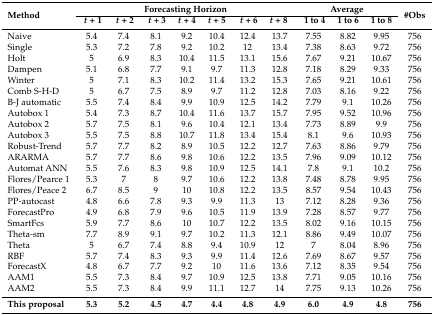
<table><thead><tr><td rowspan="2"><b>Method</b></td><td colspan="7"><b>Forecasting Horizon</b></td><td colspan="3"><b>Average</b></td><td rowspan="2"><b>#Obs</b></td></tr><tr><td><b><i>t</i> + 1</b></td><td><b><i>t</i> + 2</b></td><td><b><i>t</i> + 3</b></td><td><b><i>t</i> + 4</b></td><td><b><i>t</i> + 5</b></td><td><b><i>t</i> + 6</b></td><td><b><i>t</i> + 8</b></td><td><b>1 to 4</b></td><td><b>1 to 6</b></td><td><b>1 to 8</b></td></tr></thead><tbody><tr><td>Naive</td><td>5.4</td><td>7.4</td><td>8.1</td><td>9.2</td><td>10.4</td><td>12.4</td><td>13.7</td><td>7.55</td><td>8.82</td><td>9.95</td><td>756</td></tr><tr><td>Single</td><td>5.3</td><td>7.2</td><td>7.8</td><td>9.2</td><td>10.2</td><td>12</td><td>13.4</td><td>7.38</td><td>8.63</td><td>9.72</td><td>756</td></tr><tr><td>Holt</td><td>5</td><td>6.9</td><td>8.3</td><td>10.4</td><td>11.5</td><td>13.1</td><td>15.6</td><td>7.67</td><td>9.21</td><td>10.67</td><td>756</td></tr><tr><td>Dampen</td><td>5.1</td><td>6.8</td><td>7.7</td><td>9.1</td><td>9.7</td><td>11.3</td><td>12.8</td><td>7.18</td><td>8.29</td><td>9.33</td><td>756</td></tr><tr><td>Winter</td><td>5</td><td>7.1</td><td>8.3</td><td>10.2</td><td>11.4</td><td>13.2</td><td>15.3</td><td>7.65</td><td>9.21</td><td>10.61</td><td>756</td></tr><tr><td>Comb S-H-D</td><td>5</td><td>6.7</td><td>7.5</td><td>8.9</td><td>9.7</td><td>11.2</td><td>12.8</td><td>7.03</td><td>8.16</td><td>9.22</td><td>756</td></tr><tr><td>B-J automatic</td><td>5.5</td><td>7.4</td><td>8.4</td><td>9.9</td><td>10.9</td><td>12.5</td><td>14.2</td><td>7.79</td><td>9.1</td><td>10.26</td><td>756</td></tr><tr><td>Autobox 1</td><td>5.4</td><td>7.3</td><td>8.7</td><td>10.4</td><td>11.6</td><td>13.7</td><td>15.7</td><td>7.95</td><td>9.52</td><td>10.96</td><td>756</td></tr><tr><td>Autobox 2</td><td>5.7</td><td>7.5</td><td>8.1</td><td>9.6</td><td>10.4</td><td>12.1</td><td>13.4</td><td>7.73</td><td>8.89</td><td>9.9</td><td>756</td></tr><tr><td>Autobox 3</td><td>5.5</td><td>7.5</td><td>8.8</td><td>10.7</td><td>11.8</td><td>13.4</td><td>15.4</td><td>8.1</td><td>9.6</td><td>10.93</td><td>756</td></tr><tr><td>Robust-Trend</td><td>5.7</td><td>7.7</td><td>8.2</td><td>8.9</td><td>10.5</td><td>12.2</td><td>12.7</td><td>7.63</td><td>8.86</td><td>9.79</td><td>756</td></tr><tr><td>ARARMA</td><td>5.7</td><td>7.7</td><td>8.6</td><td>9.8</td><td>10.6</td><td>12.2</td><td>13.5</td><td>7.96</td><td>9.09</td><td>10.12</td><td>756</td></tr><tr><td>Automat ANN</td><td>5.5</td><td>7.6</td><td>8.3</td><td>9.8</td><td>10.9</td><td>12.5</td><td>14.1</td><td>7.8</td><td>9.1</td><td>10.2</td><td>756</td></tr><tr><td>Flores/Pearce 1</td><td>5.3</td><td>7</td><td>8</td><td>9.7</td><td>10.6</td><td>12.2</td><td>13.8</td><td>7.48</td><td>8.78</td><td>9.95</td><td>756</td></tr><tr><td>Flores/Peace 2</td><td>6.7</td><td>8.5</td><td>9</td><td>10</td><td>10.8</td><td>12.2</td><td>13.5</td><td>8.57</td><td>9.54</td><td>10.43</td><td>756</td></tr><tr><td>PP-autocast</td><td>4.8</td><td>6.6</td><td>7.8</td><td>9.3</td><td>9.9</td><td>11.3</td><td>13</td><td>7.12</td><td>8.28</td><td>9.36</td><td>756</td></tr><tr><td>ForecastPro</td><td>4.9</td><td>6.8</td><td>7.9</td><td>9.6</td><td>10.5</td><td>11.9</td><td>13.9</td><td>7.28</td><td>8.57</td><td>9.77</td><td>756</td></tr><tr><td>SmartFcs</td><td>5.9</td><td>7.7</td><td>8.6</td><td>10</td><td>10.7</td><td>12.2</td><td>13.5</td><td>8.02</td><td>9.16</td><td>10.15</td><td>756</td></tr><tr><td>Theta-sm</td><td>7.7</td><td>8.9</td><td>9.1</td><td>9.7</td><td>10.2</td><td>11.3</td><td>12.1</td><td>8.86</td><td>9.49</td><td>10.07</td><td>756</td></tr><tr><td>Theta</td><td>5</td><td>6.7</td><td>7.4</td><td>8.8</td><td>9.4</td><td>10.9</td><td>12</td><td>7</td><td>8.04</td><td>8.96</td><td>756</td></tr><tr><td>RBF</td><td>5.7</td><td>7.4</td><td>8.3</td><td>9.3</td><td>9.9</td><td>11.4</td><td>12.6</td><td>7.69</td><td>8.67</td><td>9.57</td><td>756</td></tr><tr><td>ForecastX</td><td>4.8</td><td>6.7</td><td>7.7</td><td>9.2</td><td>10</td><td>11.6</td><td>13.6</td><td>7.12</td><td>8.35</td><td>9.54</td><td>756</td></tr><tr><td>AAM1</td><td>5.5</td><td>7.3</td><td>8.4</td><td>9.7</td><td>10.9</td><td>12.5</td><td>13.8</td><td>7.71</td><td>9.05</td><td>10.16</td><td>756</td></tr><tr><td>AAM2</td><td>5.5</td><td>7.3</td><td>8.4</td><td>9.9</td><td>11.1</td><td>12.7</td><td>14</td><td>7.75</td><td>9.13</td><td>10.26</td><td>756</td></tr><tr><td><b>This proposal</b></td><td><b>5.3</b></td><td><b>5.2</b></td><td><b>4.5</b></td><td><b>4.7</b></td><td><b>4.4</b></td><td><b>4.8</b></td><td><b>4.9</b></td><td><b>6.0</b></td><td><b>4.9</b></td><td><b>4.8</b></td><td><b>756</b></td></tr></tbody></table>